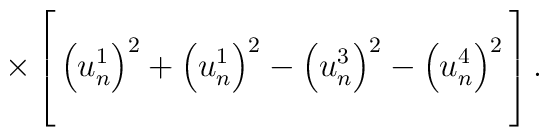
\times\left[ \vbox to 24pt{}  \left( u_n^1\right) ^2+\left(u_n^1\right) ^2-\left( u_n^3\right) ^2-\left( u_n^4\right) ^2\vbox to 24pt{} \right] .